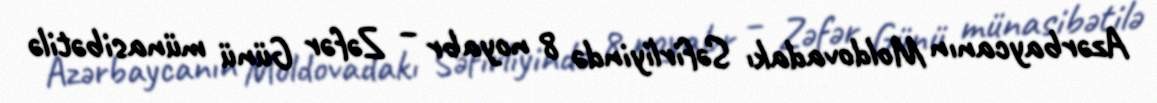
Azərbaycanın Moldovadakı Səfirliyində 8 noyabr – Zəfər Günü münasibətilə